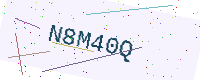
Text: N8M40Q